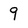
Character: 9